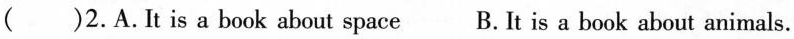
( )2.A.It is a book about space B.It is a book about animals.